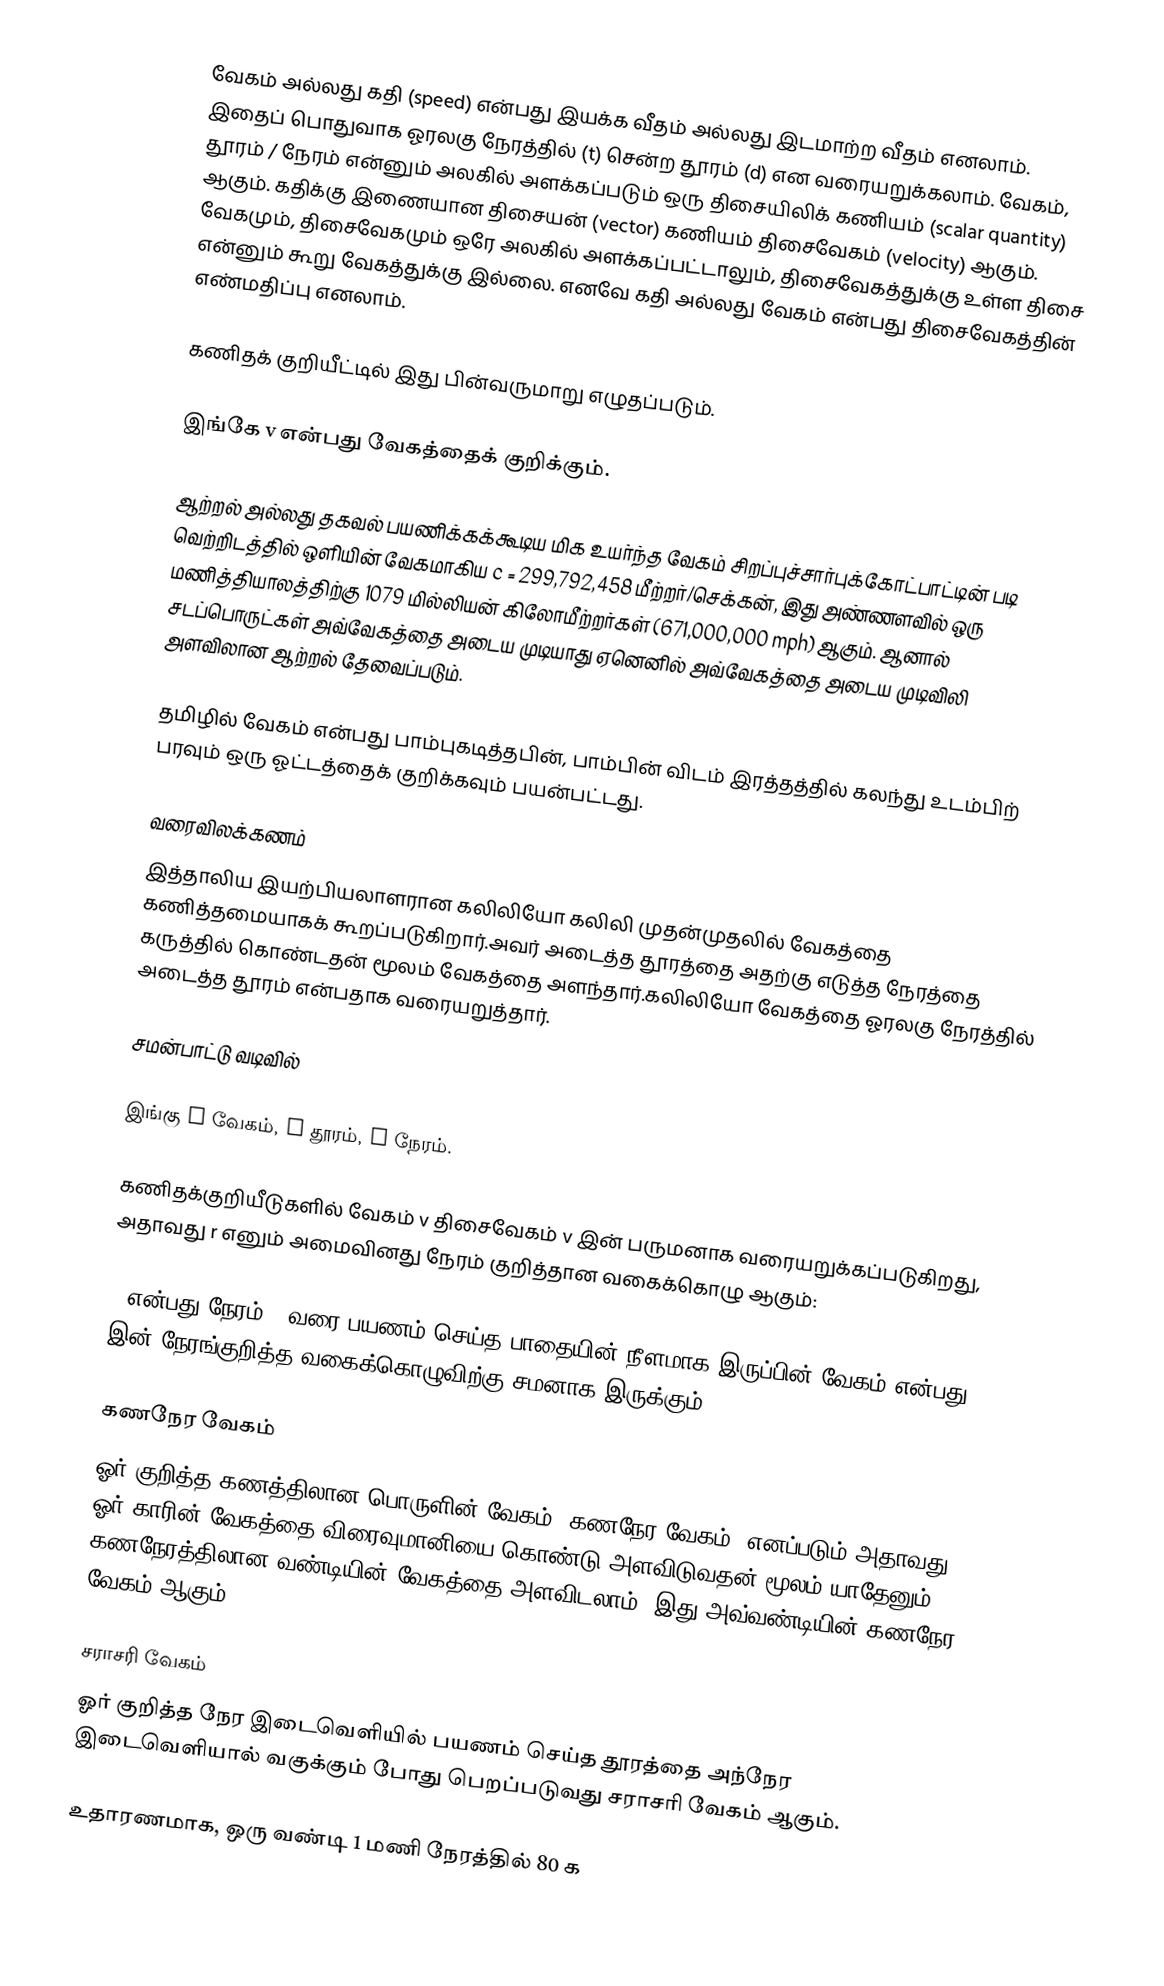
வேகம் அல்லது கதி (speed) என்பது இயக்க வீதம் அல்லது இடமாற்ற வீதம் எனலாம். இதைப் பொதுவாக ஓரலகு நேரத்தில் (t) சென்ற தூரம் (d) என வரையறுக்கலாம். வேகம், தூரம் / நேரம் என்னும் அலகில் அளக்கப்படும் ஒரு திசையிலிக் கணியம் (scalar quantity) ஆகும். கதிக்கு இணையான திசையன் (vector) கணியம் திசைவேகம் (velocity) ஆகும். வேகமும், திசைவேகமும் ஒரே அலகில் அளக்கப்பட்டாலும், திசைவேகத்துக்கு உள்ள திசை என்னும் கூறு வேகத்துக்கு இல்லை. எனவே கதி அல்லது வேகம் என்பது திசைவேகத்தின் எண்மதிப்பு எனலாம்.

கணிதக் குறியீட்டில் இது பின்வருமாறு எழுதப்படும்.

இங்கே v என்பது வேகத்தைக் குறிக்கும்.

ஆற்றல் அல்லது தகவல் பயணிக்கக்கூடிய மிக உயர்ந்த வேகம் சிறப்புச்சார்புக்கோட்பாட்டின் படி வெற்றிடத்தில் ஒளியின் வேகமாகிய c = 299,792,458 மீற்றர்/செக்கன், இது அண்ணளவில் ஒரு மணித்தியாலத்திற்கு 1079 மில்லியன் கிலோமீற்றர்கள்  (671,000,000 mph) ஆகும். ஆனால் சடப்பொருட்கள் அவ்வேகத்தை அடைய முடியாது ஏனெனில் அவ்வேகத்தை அடைய முடிவிலி அளவிலான ஆற்றல் தேவைப்படும்.

தமிழில் வேகம் என்பது பாம்புகடித்தபின், பாம்பின் விடம் இரத்தத்தில் கலந்து உடம்பிற் பரவும் ஒரு ஓட்டத்தைக் குறிக்கவும் பயன்பட்டது.

வரைவிலக்கணம்
இத்தாலிய இயற்பியலாளரான கலிலியோ கலிலி முதன்முதலில் வேகத்தை கணித்தமையாகக் கூறப்படுகிறார்.அவர் அடைத்த தூரத்தை அதற்கு எடுத்த நேரத்தை கருத்தில் கொண்டதன் மூலம் வேகத்தை அளந்தார்.கலிலியோ வேகத்தை ஓரலகு நேரத்தில் அடைத்த தூரம் என்பதாக வரையறுத்தார்.

சமன்பாட்டு வடிவில்

இங்கு v வேகம், d தூரம், t நேரம்.

கணிதக்குறியீடுகளில் வேகம் v திசைவேகம் v இன் பருமனாக வரையறுக்கப்படுகிறது, அதாவது r எனும் அமைவினது நேரம் குறித்தான வகைக்கொழு ஆகும்:

s என்பது நேரம் t வரை பயணம் செய்த பாதையின் நீளமாக இருப்பின் வேகம் என்பது s இன் நேரங்குறித்த வகைக்கொழுவிற்கு சமனாக இருக்கும்:

கணநேர வேகம்
ஓர் குறித்த கணத்திலான பொருளின் வேகம் "கணநேர வேகம்" எனப்படும்.அதாவது, ஓர் காரின் வேகத்தை விரைவுமானியை கொண்டு அளவிடுவதன் மூலம் யாதேனும் கணநேரத்திலான வண்டியின் வேகத்தை அளவிடலாம். இது அவ்வண்டியின் கணநேர வேகம் ஆகும்.

சராசரி வேகம்
ஓர் குறித்த நேர இடைவெளியில் பயணம் செய்த தூரத்தை அந்நேர இடைவெளியால் வகுக்கும் போது பெறப்படுவது சராசரி வேகம் ஆகும்.

உதாரணமாக, ஒரு வண்டி  1 மணி நேரத்தில் 80 க